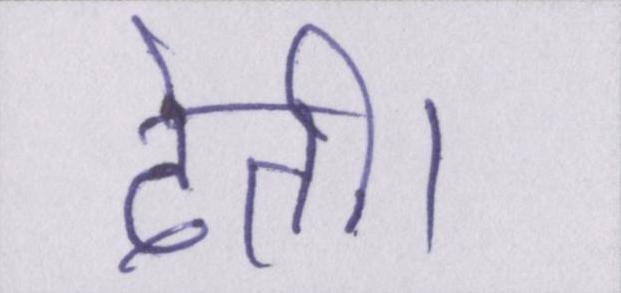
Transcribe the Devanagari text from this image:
देती।